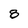
Character: 8